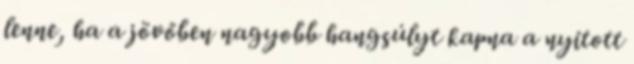
lenne, ha a jövőben nagyobb hangsúlyt kapna a nyitott